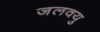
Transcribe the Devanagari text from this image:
जलवयु